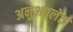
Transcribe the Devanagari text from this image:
अनुभवलेत